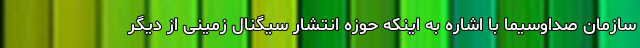
سازمان صداوسیما با اشاره به اینکه حوزه انتشار سیگنال زمینی از دیگر